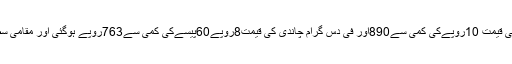
اس کے برعکس فی تولہ چاندی کی قیمت 10روپےکی کمی سے890اور فی دس گرام چاندی کی قیمت8روپے60پیسےکی کمی سے763روپے ہوگئی اور مقامی سطح پر یہ قیمتیں تاحال برقرار ہیں۔